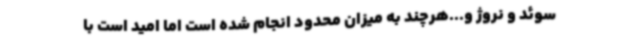
سوئد و نروژ و...هرچند به میزان محدود انجام شده است اما امید است با